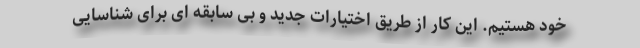
خود هستیم. این کار از طریق اختیارات جدید و بی سابقه ای برای شناسایی